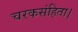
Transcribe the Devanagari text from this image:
चरकसंहिता।